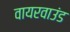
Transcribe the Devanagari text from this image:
वायरवाउंड